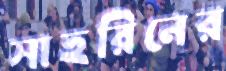
সাহরিনের